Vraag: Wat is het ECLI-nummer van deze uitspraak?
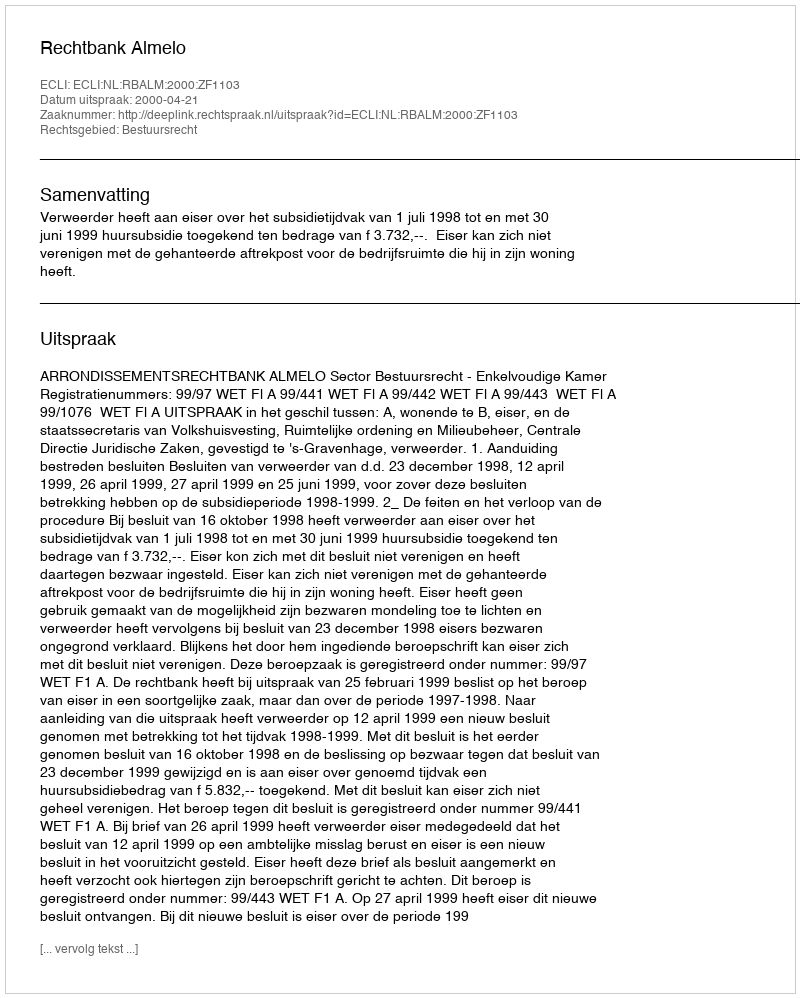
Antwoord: ECLI:NL:RBALM:2000:ZF1103